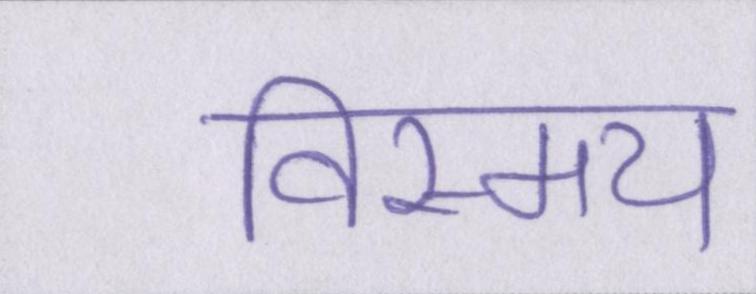
विस्मय